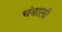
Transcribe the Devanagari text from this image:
चंबाली